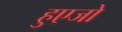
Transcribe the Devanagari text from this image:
हुएजो